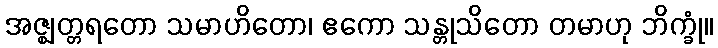
အဇ္ဈတ္တရတော သမာဟိတော၊ ဧကော သန္တုသိတော တမာဟု ဘိက္ခုံ။